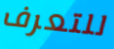
للتعرف